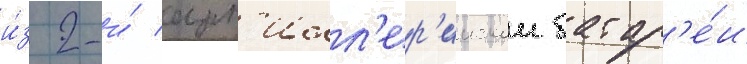
и́з 2-и́ арт'илл'ер'иискои батар'е́и